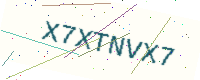
Text: X7XTNVX7